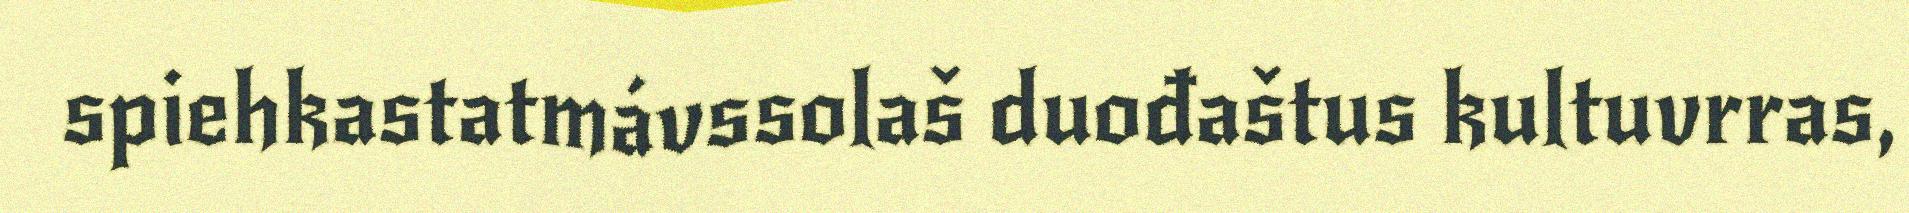
spiehkastatmávssolaš duođaštus kultuvrras,